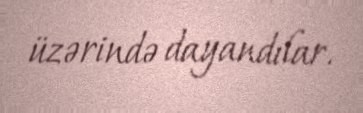
üzərində dayandılar.